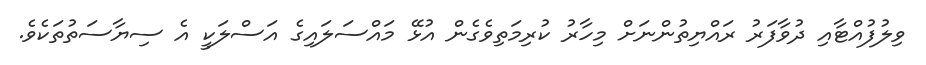
ވިލުފުއްޓާއި ދުވާފަރު ރައްޔިތުންނަށް މިހާރު ކުރިމަތިވެގެން އުޅޭ މައްސަލައިގެ އަސްލަކީ އެ ސިޔާސަތުތަކެވެ.